Treatise on elephants
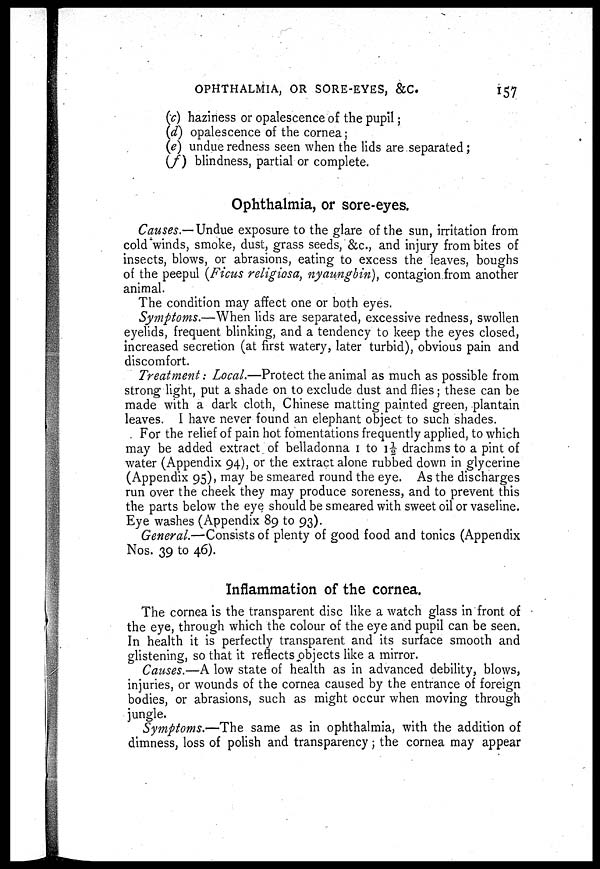
OPHTHALMIA, OR SORE-EYES, &C.
157
(c) haziness or opalescence of the pupil;
(d) opalescence of the cornea ;
(e) undue redness seen when the lids are separated;
(f) blindness, partial or complete.
Ophthalmia, or sore-eyes.
Causes.— Undue exposure to the glare of the sun, irritation from
cold winds, smoke, dust, grass seeds, &c, and injury from bites of
insects, blows, or abrasions, eating to excess the leaves, boughs
of the peepul (Ficus religiosa, nyaungbin), contagion from another
animal.
The condition may affect one or both eyes.
Symptoms.—When lids are separated, excessive redness, swollen
eyelids, frequent blinking, and a tendency to keep the eyes closed,
increased secretion (at first watery, later turbid), obvious pain and
discomfort.
Treatment: Local.—Protect the animal as much as possible from
strong light, put a shade on to exclude dust and flies; these can be
made with a dark cloth, Chinese matting painted green, plantain
leaves. I have never found an elephant object to such shades.
For the relief of pain hot fomentations frequently applied, to which
may be added extract of belladonna 1 to 1½ drachms to a pint of
water (Appendix 94), or the extract alone rubbed down in glycerine
(Appendix 95), may be smeared round the eye. As the discharges
run over the cheek they may produce soreness, and to prevent this
the parts below the eye should be smeared with sweet oil or vaseline.
Eye washes (Appendix 89 to 93).
General.—Consists of plenty of good food and tonics (Appendix
Nos. 39 to 46).
Inflammation of the cornea.
The cornea is the transparent disc like a watch glass in front of
the eye, through which the colour of the eye and pupil can be seen.
In health it is perfectly transparent and its surface smooth and
glistening, so that it reflects objects like a mirror.
Causes.—A low state of health as in advanced debility, blows,
injuries, or wounds of the cornea caused by the entrance of foreign
bodies, or abrasions, such as might occur when moving through
jungle.
Symptoms.—The same as in ophthalmia, with the addition of
dimness, loss of polish and transparency ; the cornea may appear